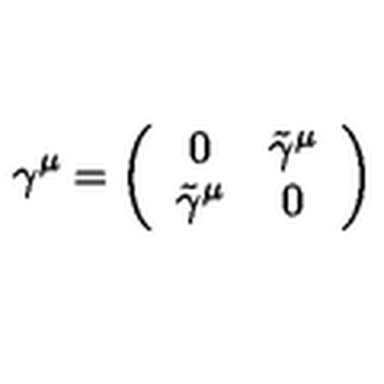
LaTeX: \gamma ^ { \mu } = \left( \begin{array} { c c } { 0 } & { \tilde { \gamma } ^ { \mu } } \\ { \tilde { \gamma } ^ { \mu } } & { 0 } \\ \end{array} \right)